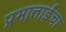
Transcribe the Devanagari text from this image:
प्रभाताईंचा